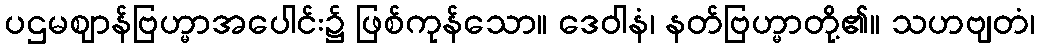
ပဌမဈာန်ဗြဟ္မာအပေါင်း၌ ဖြစ်ကုန်သော။ ဒေဝါနံ၊ နတ်ဗြဟ္မာတို့၏။ သဟဗျတံ၊